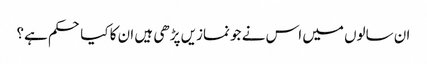
ان سالوں میں اس نے جو نمازیں پڑھی ہیں ان کا کیا حکم ہے؟